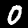
Digit: 0